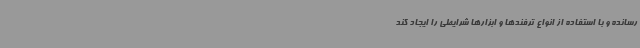
رسانده و با استفاده از انواع ترفندها و ابزارها شرایطی را ایجاد کند